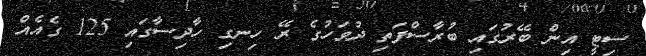
ސިޓީ އިން ބޭރުގައި ބުރާސްފަތި ދުވަހުގެ ރޭ ހިނގި ހާދިސާގައި 125 ގެއެއް